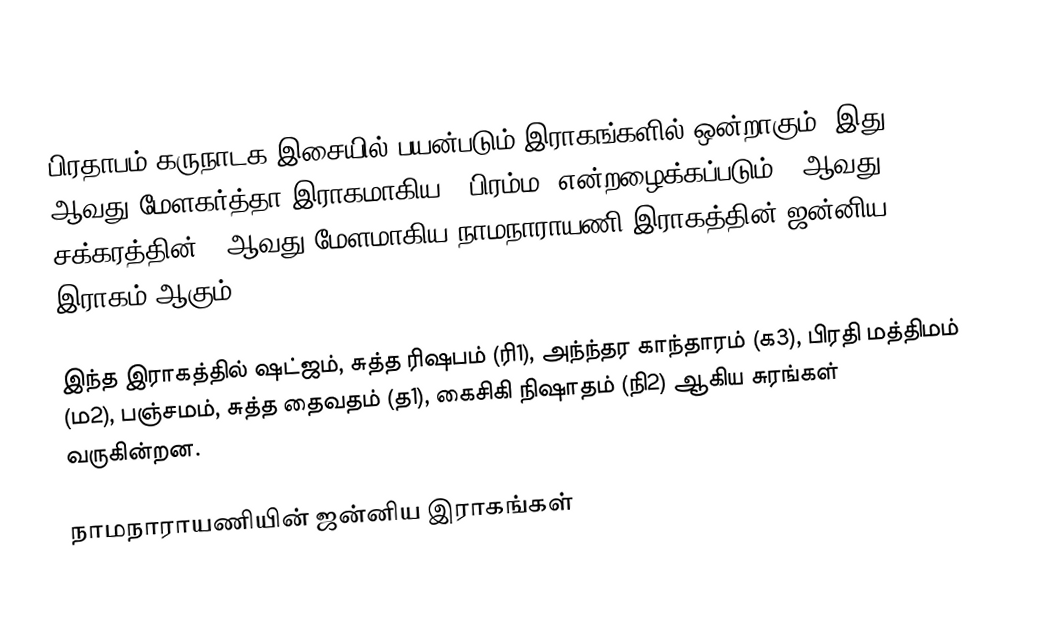
பிரதாபம் கருநாடக இசையில் பயன்படும் இராகங்களில் ஒன்றாகும். இது 50 ஆவது மேளகர்த்தா இராகமாகிய, "பிரம்ம" என்றழைக்கப்படும் 9 ஆவது சக்கரத்தின் 2 ஆவது மேளமாகிய நாமநாராயணி இராகத்தின் ஜன்னிய இராகம் ஆகும்.

இந்த இராகத்தில் ஷட்ஜம், சுத்த ரிஷபம் (ரி1),  அந்ந்தர காந்தாரம் (க3), பிரதி மத்திமம் (ம2), பஞ்சமம்,  சுத்த தைவதம் (த1), கைசிகி நிஷாதம்  (நி2) ஆகிய சுரங்கள் வருகின்றன.

நாமநாராயணியின் ஜன்னிய இராகங்கள்